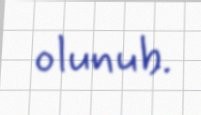
olunub.